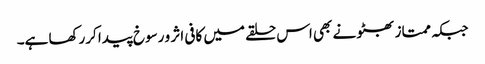
جبکہ ممتاز بھٹو نے بھی اس حلقے میں کافی اثر و رسوخ پیدا کررکھا ہے۔